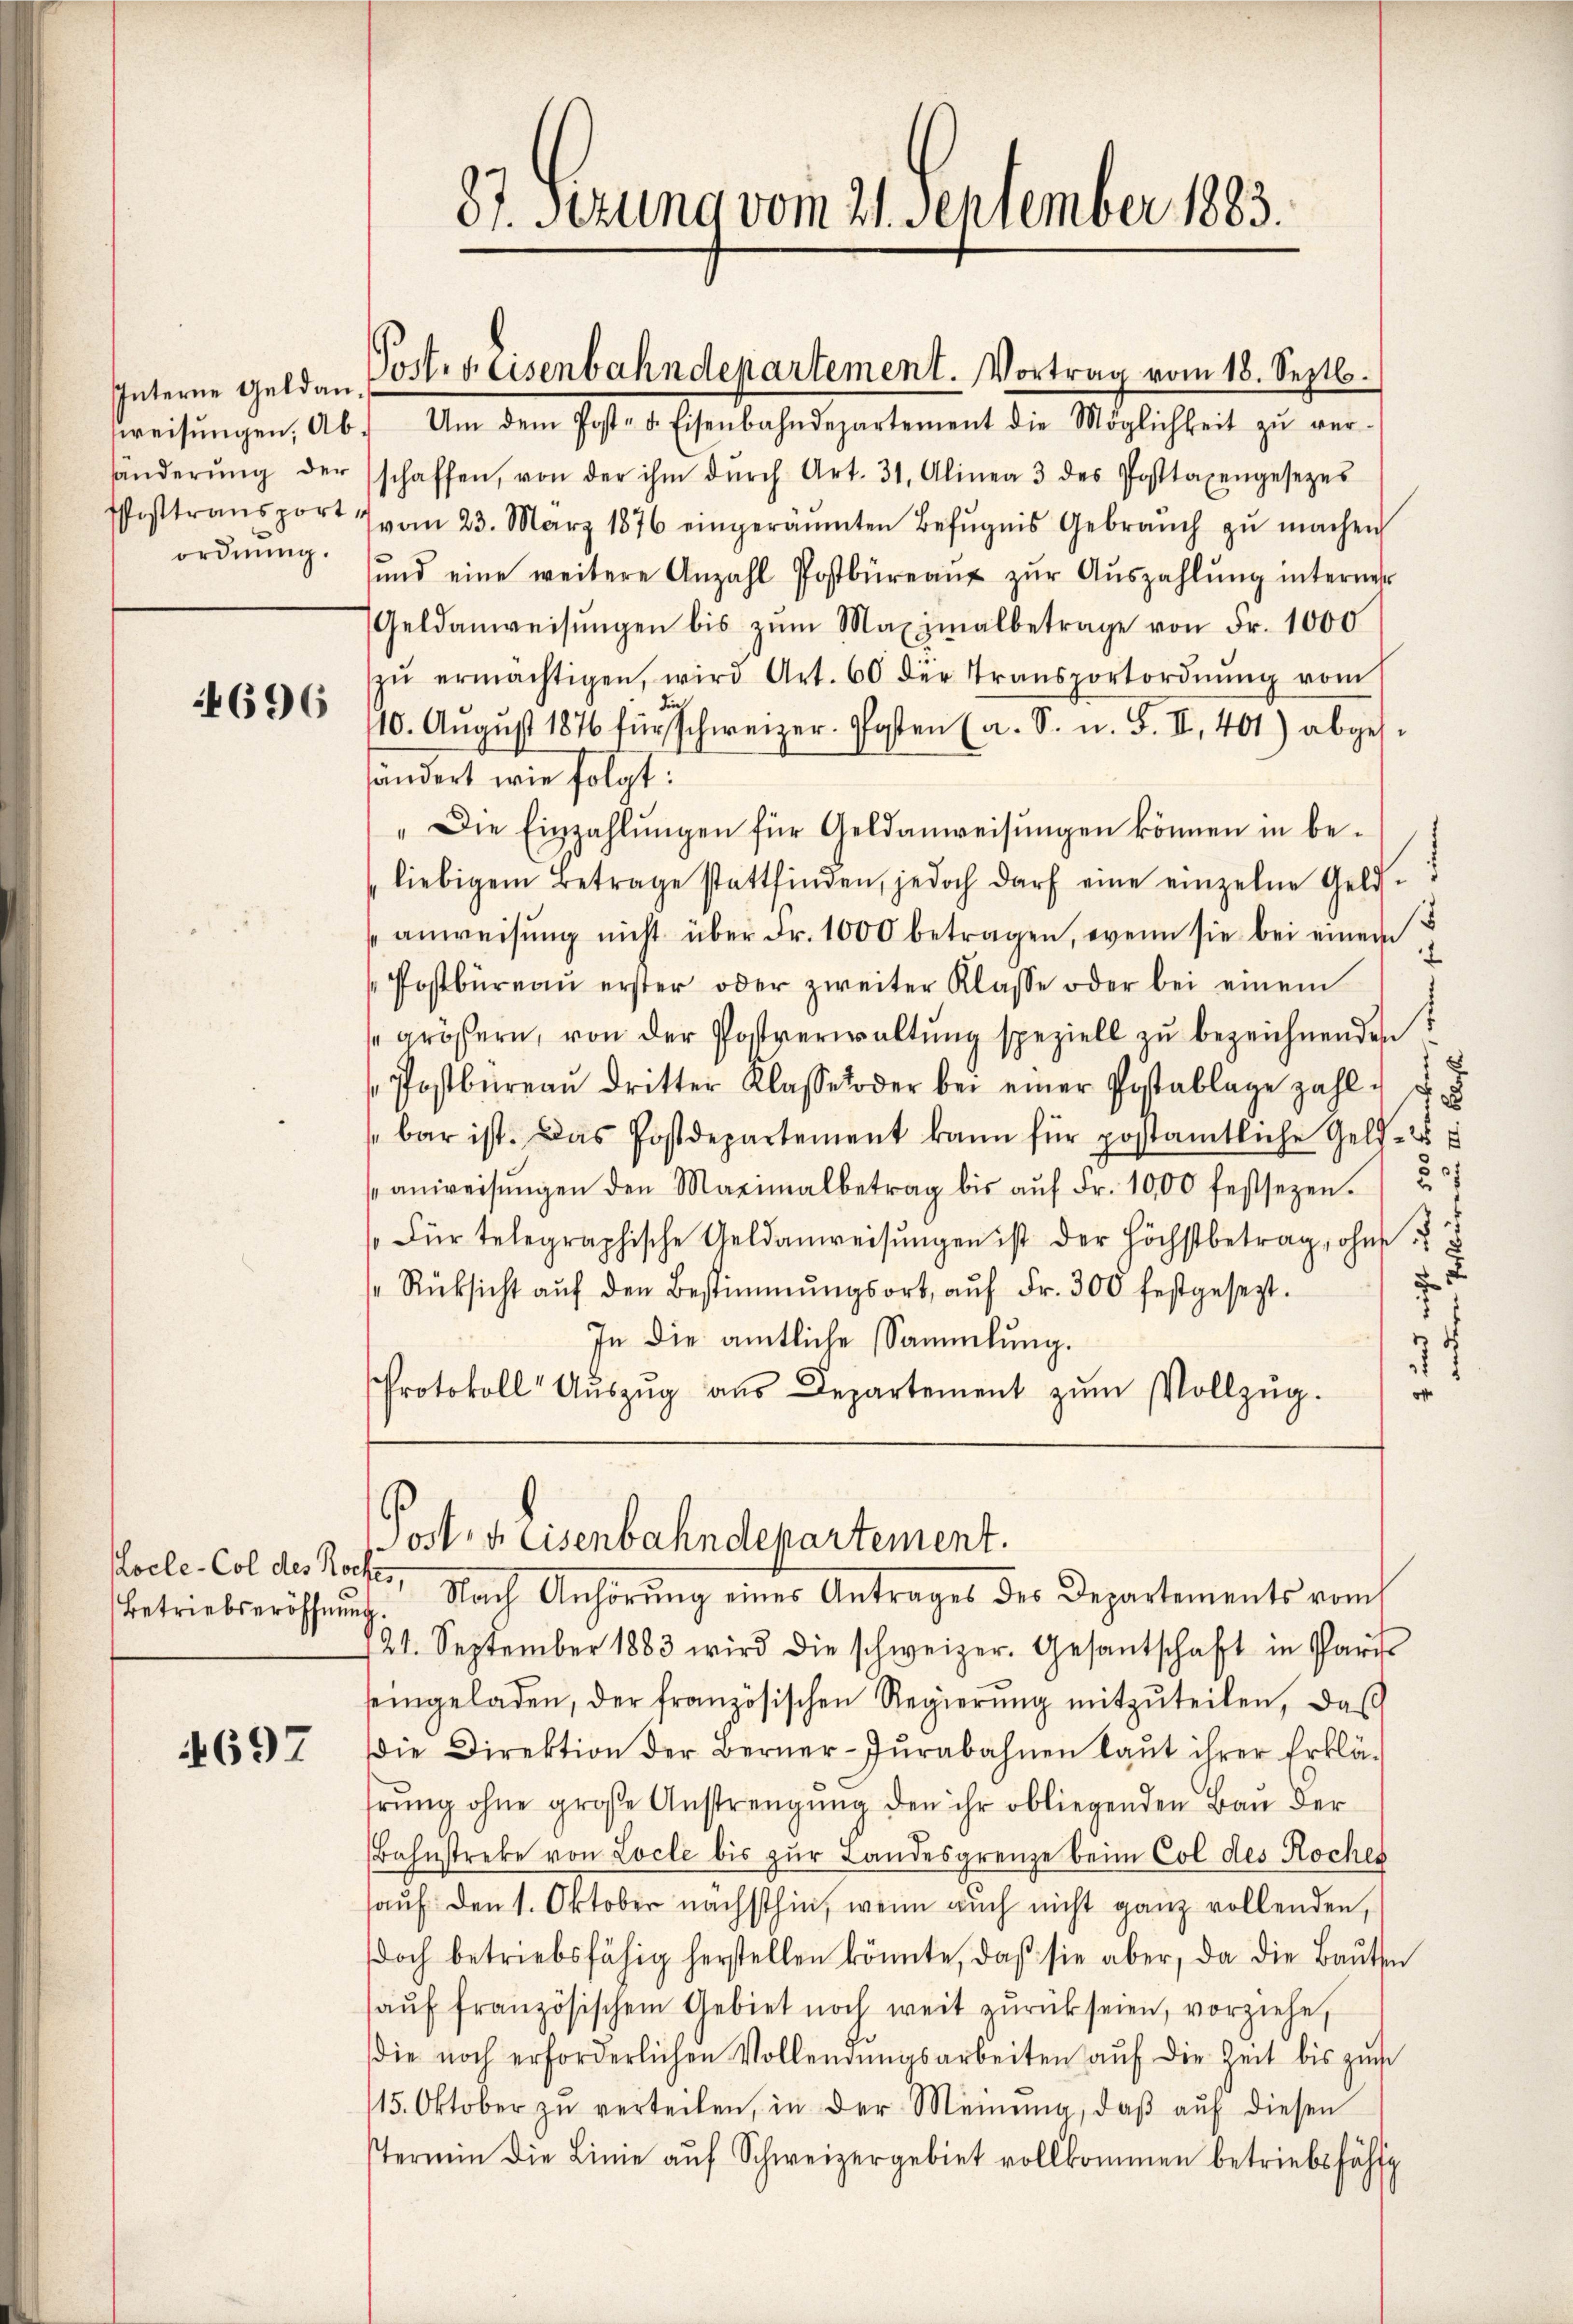
Interne Geldanweisungen, Abordnung.

4696

ocle-Col des Rock
Betriebseröffnung

4697

87. Ferung vom 21. September 1883.

Postes Eisenbahndepartement. Vortrag vom 18. Septb.

Um dem Post- u. Eisenbahndepartement die Möglichkeit zŭ ver-
händerŭng der schaffen, von der ihm dŭrch Art. 31. Alinea 3 des Posttaxengesezes
Posttransport 7 vom 23. März 1876 eingeräumten Befugnis Gebrauch zŭ machen
sŭnd eine weitere Anzahl Postbüreaŭ zŭr Aŭszahlŭng interner
Geldanweisŭngen bis zŭm Maximalbetrage von Fr. 1000
zŭ ermächtigen, wird Art. 60 der Transportordnŭng vom
110. Aŭgŭst 1876 für Schweizer. Posten (a. S. n. F. II. 401) abges.
ändert wie folgt:
"Die Einzahlŭngen für Geldanweisŭngen können in be-
liebigem Betrage stattfinden, jedoch darf eine einzelne Geld-
5
anweisŭng nicht über dr. 1000 betragen, wenn sie bei einem
Postbüreaŭ erster oder zweiter Klasse oder bei einem
größern, von der Postverwaltŭng speziell zŭ bezeichnenden
x
Postbüreaŭ dritter Klasse oder bei einer Postablage zahl u
bar ist. Das Postdepartement kann für postamtliche Geld- u
§ 1
21
anweisŭngen den Maximalbetrag bis aŭf Fr. 1000 festsezen.
Für telegraphische Geldanweisŭngen ist der höchstbetrag, ohne
.
Rücksicht aŭf den Bestimmungsort, aŭf Fr. 300 festgesezt.
In die amtliche Sammlung.
2
Protokoll Aŭszŭg aŭs Departement zŭm Vollzŭg.
o
Posten Eisenbahndepartement.
s. Nach Anhörung eines Antrages des Departements vom
.
21. September 1883 wird die schweizer. Gesantschaft in Pari
seingeladen, der französischen Regierŭng mitzŭteilen, daβ
Die Direktion der Berner-Zŭrabahnen laŭt ihrer Erklä-
hrŭng ohne große Anstrengŭng den ihr obliegenden Bau der
Bahnstreke von Locle bis zŭr Landesgrenze beim Col des Roches
hauf den 1. Oktober nächsthin, wenn auch nicht ganz vollenden,
doch betriebsfähig herstellen könnte, daβ sie aber, da die Baŭten
aŭf französischem Gebiet noch weit zŭrück seien, vorziehe,
die noch erforderlichen Vollendŭngsarbeiten aŭf die Zeit bis zŭr
115. Oktober zŭ verteilen, in der Meinŭng, daβ aŭf diesen
stermin die Linie aŭf Schweizergebiet vollkommen betriebsfähig